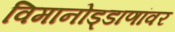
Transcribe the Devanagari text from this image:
विमानोड्डाणांवर